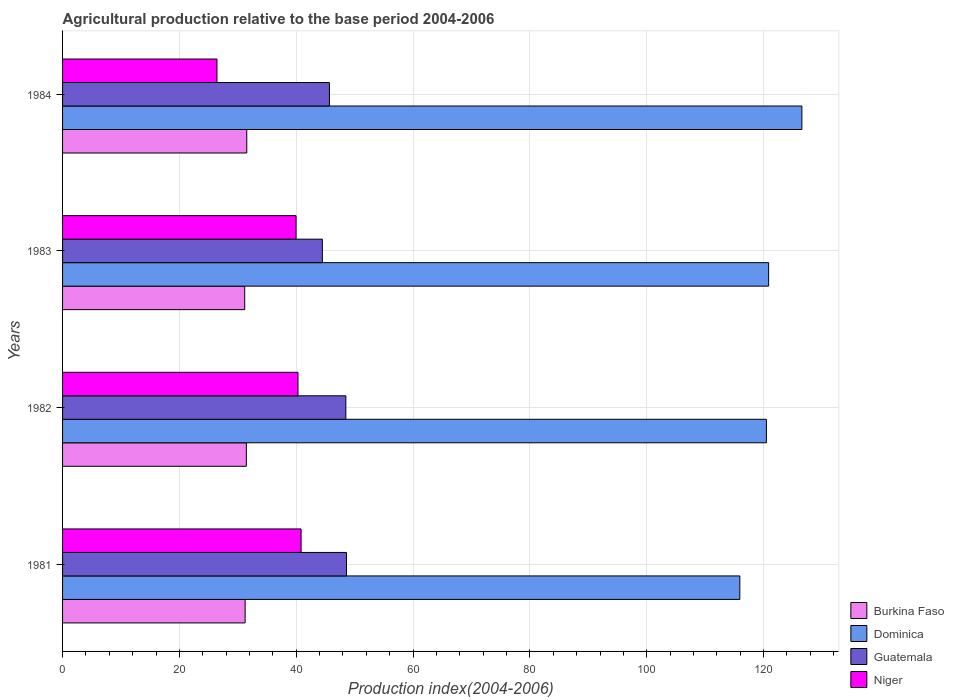
| Years | Burkina Faso | Dominica | Guatemala | Niger |
 | --- | --- | --- | --- | --- |
 | 1981 | 31.2 | 116 | 48.6 | 40.8 |
 | 1982 | 31.5 | 120 | 48.5 | 40.3 |
 | 1983 | 31.2 | 121 | 44.5 | 40 |
 | 1984 | 31.5 | 127 | 45.7 | 26.4 |